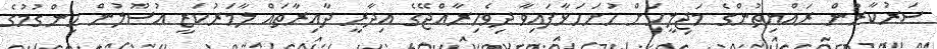
ސަރުކާރުން ރައްޔިތުންގެ މަޖިލީހަށް ހުށަހަޅާފައިވާ ދިވެހިރާއްޖޭގެ އިދާރީ ދާއިރާތައް ލާމަރުކަޒީ އުސޫލުން ހިންގުމުގެ